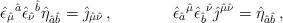
LaTeX: \begin{align*}\hat{\epsilon}_{\hat{\mu}}{}^{\hat{a}}\hat{\epsilon}_{\hat{\nu}}{}^{\hat{b}}\hat{\eta}_{\hat{a}\hat{b}}=\hat{\jmath}_{\hat{\mu}\hat{\nu}}\, ,\hspace{1.5cm}\hat{\epsilon}_{\hat{a}}{}^{\hat{\mu}}\hat{\epsilon}_{\hat{b}}{}^{\hat{\nu}}\hat{\jmath}^{\hat{\mu}\hat{\nu}} = \hat{\eta}_{\hat{a}\hat{b}}\, ,\end{align*}